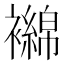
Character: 𬡴